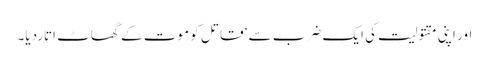
اور اپنی مقتولیت کی ایک ضرب سے‘ قاتل کو موت کے گھاٹ اتاردیا۔